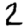
Digit: 2